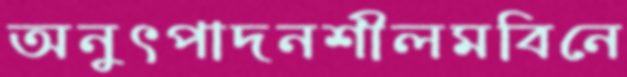
অনুৎপাদনশীলমবিনে